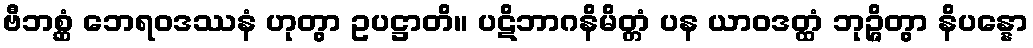
ဗီဘစ္ဆံ ဘေရဝဒဿနံ ဟုတွာ ဥပဋ္ဌာတိ။ ပဋိဘာဂနိမိတ္တံ ပန ယာဝဒတ္ထံ ဘုဉ္ဇိတွာ နိပန္နော